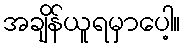
အချိန်ယူရမှာပေါ့။